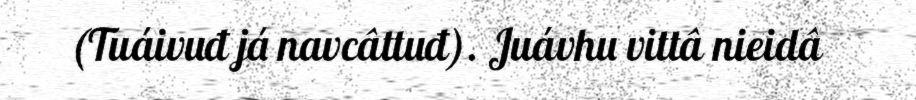
(Tuáivuđ já navcâttuđ). Juávhu vittâ nieidâ